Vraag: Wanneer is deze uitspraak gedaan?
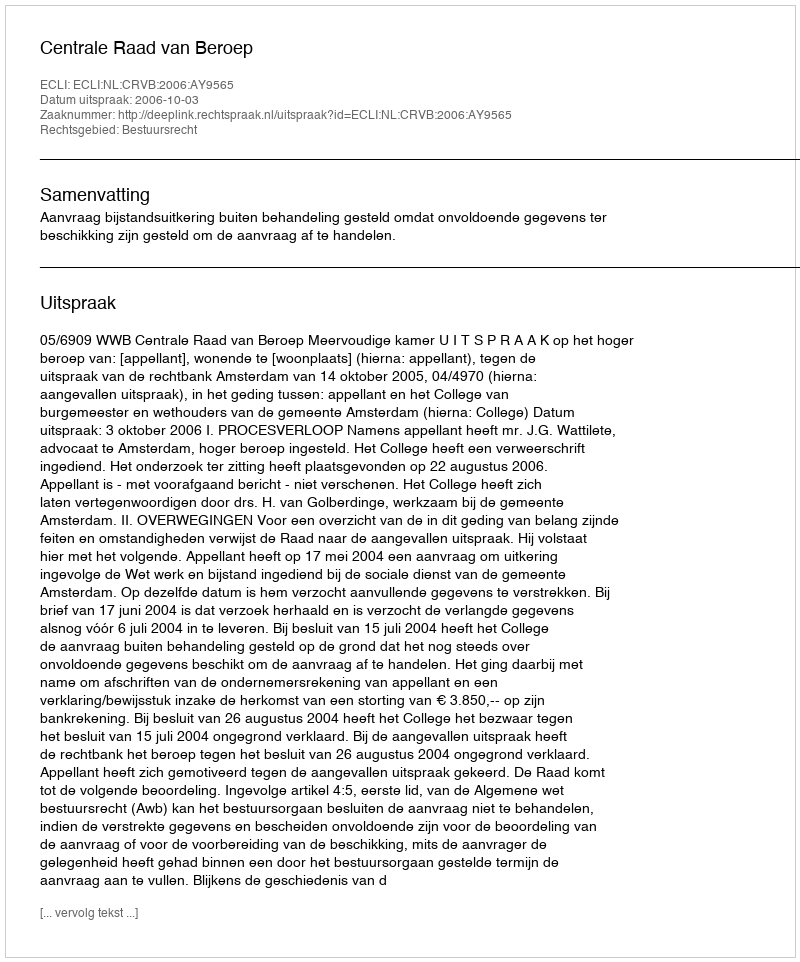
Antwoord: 2006-10-03